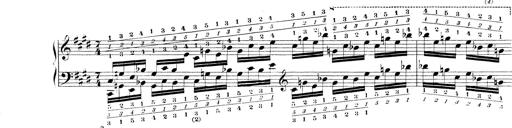
Title: Technische Studien
Composer: Franz Liszt